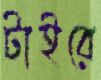
টাইরে